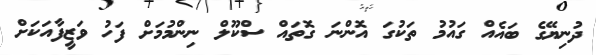
ދުނިޔޭގެ ބައެއް ގައުމު ތަކުގަ އޮންނަ ގޮތައް ސްކޫލް ނިންމުމަށް ފަހު ވަޒީފާއަކަށް